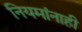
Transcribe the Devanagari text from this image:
नियमांनाही